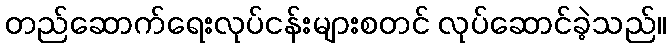
တည်ဆောက်ရေးလုပ်ငန်းများစတင် လုပ်ဆောင်ခဲ့သည်။